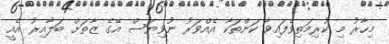
މިހާރު މި ކުރިމަތިވެފައިވާ ކަންތަކާ އެއްވަރު ނުވިޔަސް އޭގެ ޒާތަށް ބަލާއިރު އެއީ